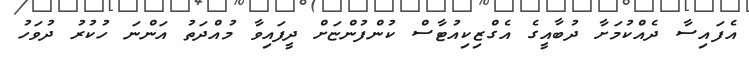
އެފައިސާ ދެއްކުމަށާ ދުބާއީގެ އެގްޒިކިއުޓާސް ކުންފުންޏަށް ދީފައިވާ މުއްދަތު އަންނަ ހުކުރު ދުވަހު